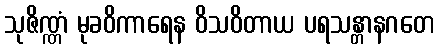
သုဇိဏ္ဏံ မုခဝိကာရေန ဝိသဝိတာယ ပရသန္တာနဂတေ